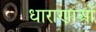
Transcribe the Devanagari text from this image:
धाराणाआें